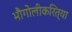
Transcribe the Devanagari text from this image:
भौगोलीकरित्या